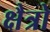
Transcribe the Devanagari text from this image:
क्षैत्रो